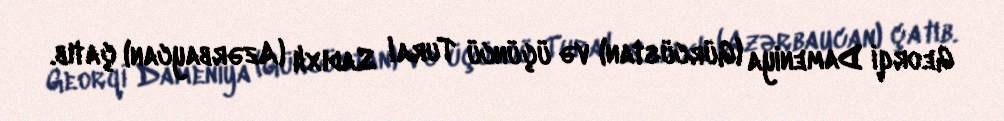
Georqi Dameniya (Gürcüstan) və üçüncü Tural Sadıxlı (Azərbaycan) çatıb.